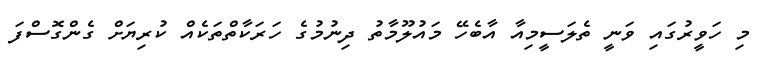
މި ހަވީރުގައި ވަނީ ތެލަސީމިއާ އާބެހޭ މައުލޫމާތު ދިނުމުގެ ހަރަކާތްތަކެއް ކުރިޔަށް ގެންގޮސްފަ